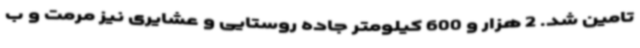
تامین شد. 2 هزار و 600 کیلومتر جاده روستایی و عشایری نیز مرمت و ب